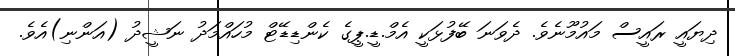
ދިޔައީ ރައީސް މައުމޫނެވެ. ދެވަނަ ބޭފުޅަކީ އެމް.ޑީ.ޕީގެ ކެންޑިޑޭޓް މުހައްމަދު ނަޝީދު (އަންނި)އެވެ.